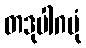
တဒုပါဂမုံ